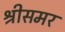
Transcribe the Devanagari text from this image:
श्रीसमर